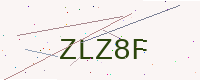
Text: ZLZ8F